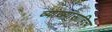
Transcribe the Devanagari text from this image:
व्याख्यासाहित्य